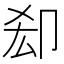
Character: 㕁